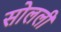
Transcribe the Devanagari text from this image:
सोलली